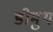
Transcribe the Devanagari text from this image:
डीमुथ